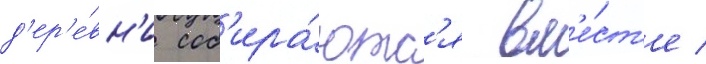
д'ер'е́вн'и соб'ира́ютс'я вм'е́ст'е /